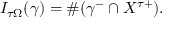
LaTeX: I _ { \tau \Omega } ( \gamma ) = \# ( \gamma ^ { - } \cap X ^ { \tau + } ) .